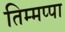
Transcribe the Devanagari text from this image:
तिम्मप्पा